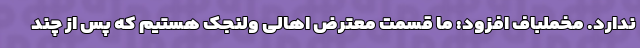
ندارد. مخملباف افزود: ما قسمت معترض اهالی ولنجک هستیم که پس از چند